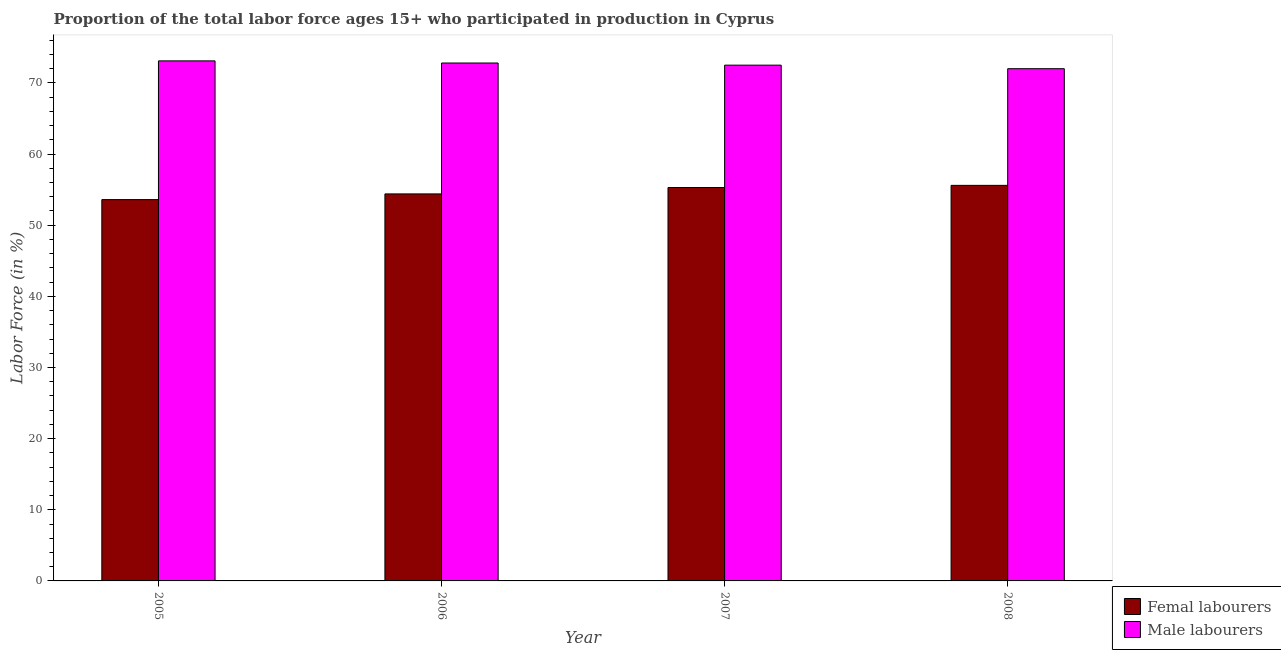
| Year | Femal labourers | Male labourers |
 | --- | --- | --- |
 | 2005 | 53.6 | 73.1 |
 | 2006 | 54.4 | 72.8 |
 | 2007 | 55.3 | 72.5 |
 | 2008 | 55.6 | 72 |